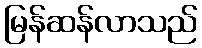
မြန်ဆန်လာသည်